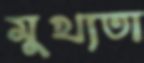
মুখ্যতা